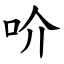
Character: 吤